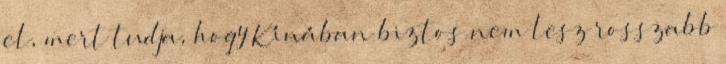
el, mert tudja, hogy Kínában biztos nem lesz rosszabb